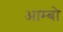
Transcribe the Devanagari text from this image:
आम्बो